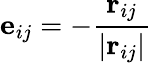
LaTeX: \mathbf{e}_{ij}=-\frac{\mathbf{r}_{ij}}{\left|\mathbf{r}_{ij}\right|}